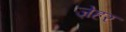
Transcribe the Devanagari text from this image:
ज़ेहर